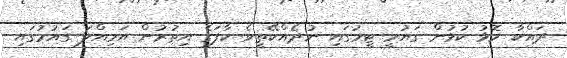
ދައްކާ މޮޅު ކުޅުން ގައުމީ ޓީމުގައި ނުދެއްކޭތީވެ ކާފަގެ އިތުރުން އަމިއްލަ ގައުމުގައި